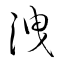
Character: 洩